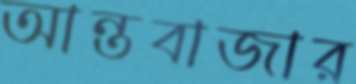
আন্তবাজার